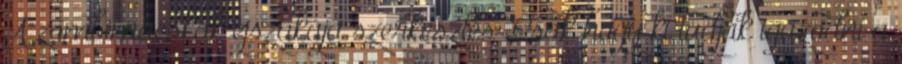
A zombimacskák éjszakája szerkesztés Csak hogy ki tudjak igazodni a